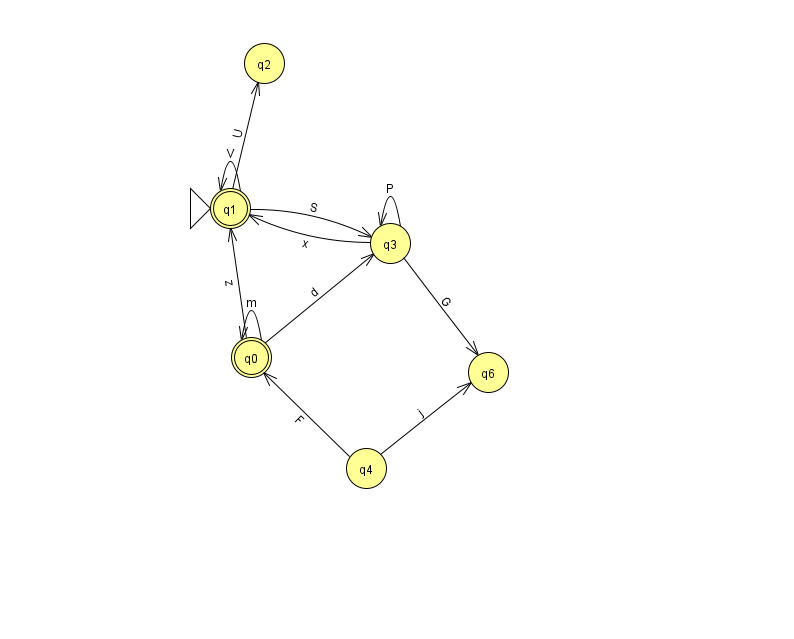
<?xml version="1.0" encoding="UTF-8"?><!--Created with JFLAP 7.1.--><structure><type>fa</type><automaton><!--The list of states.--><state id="0" name="q0"><x>251.0</x><y>344.0</y><final/></state><state id="1" name="q1"><x>230.0</x><y>195.0</y><initial/><final/></state><state id="2" name="q2"><x>264.0</x><y>50.0</y></state><state id="3" name="q3"><x>390.0</x><y>230.0</y></state><state id="4" name="q4"><x>366.0</x><y>455.0</y></state><state id="6" name="q6"><x>488.0</x><y>359.0</y></state><!--The list of transitions.--><transition><from>1</from><to>3</to><read>S</read></transition><transition><from>3</from><to>3</to><read>P</read></transition><transition><from>3</from><to>6</to><read>G</read></transition><transition><from>0</from><to>1</to><read>z</read></transition><transition><from>1</from><to>1</to><read>V</read></transition><transition><from>4</from><to>0</to><read>F</read></transition><transition><from>0</from><to>3</to><read>d</read></transition><transition><from>3</from><to>1</to><read>x</read></transition><transition><from>0</from><to>0</to><read>m</read></transition><transition><from>1</from><to>2</to><read>U</read></transition><transition><from>4</from><to>6</to><read>j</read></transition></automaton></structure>